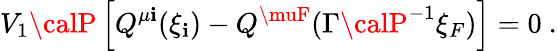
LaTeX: V_{1}{\calP}\left[Q^{\mu\mathbf{i}}(\xi_{\mathbf{i}})-Q^{\muF}(\Gamma{\calP}^{-1}\xi_{F})\right]=0\ .